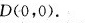
D(0,0).